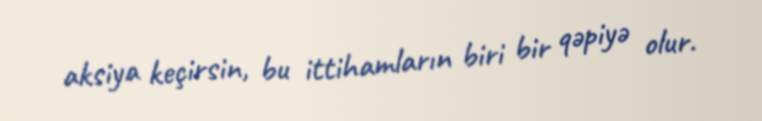
aksiya keçirsin, bu ittihamların biri bir qəpiyə olur.